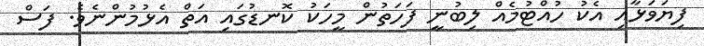
ފިޔަވަޅާއި އެކު ހުއްޓުމެއް ލިބުނީ ފަހަތުން މީހަކު ކޮނޑުގައި އަތް އެޅުމުންނެވެ. ފަސް